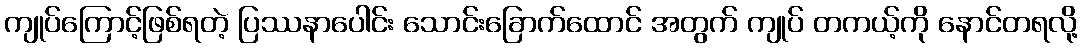
ကျုပ်ကြောင့်ဖြစ်ရတဲ့ ပြဿနာပေါင်း သောင်းခြောက်ထောင် အတွက် ကျုပ် တကယ့်ကို နောင်တရလို့